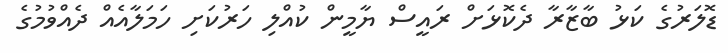
ޑޮލަރުގެ ކަޅު ބާޒާރާ ދެކޮޅަށް ރައީސް ޔާމީން ކުއްލި ހަރުކަށި ހަމަލާއެއް ދެއްވުމުގެ